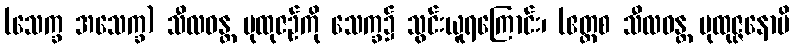
(သေက္ခ အသေက္ခ) သီလဝန္တ ပုထုဇဉ်ကို သေက္ခ၌ သွင်းယူရကြောင်း၊ (ဧတ္ထစ သီလဝန္တ ပုထုဇ္ဇနောပိ